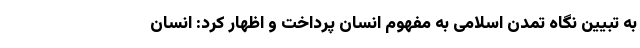
به تبیین نگاه تمدن اسلامی به مفهوم انسان پرداخت و اظهار کرد: انسان